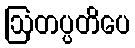
ဩတပ္ပတိပေ